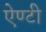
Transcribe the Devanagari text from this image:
ऐण्टी